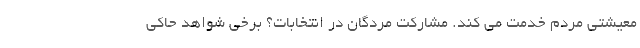
معیشتی مردم خدمت می کند. مشارکت مردگان در انتخابات؟ برخی شواهد حاکی